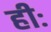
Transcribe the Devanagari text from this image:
हीः